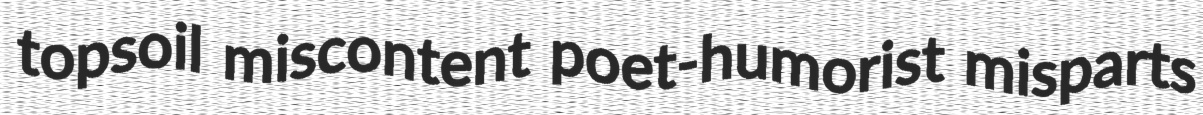
topsoil miscontent poet-humorist misparts